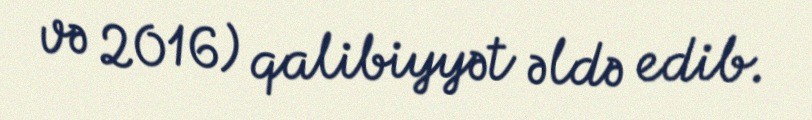
və 2016) qalibiyyət əldə edib.